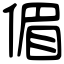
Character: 𠋥